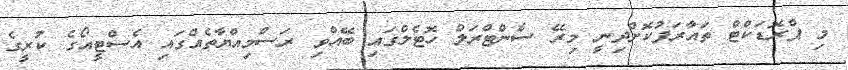
މި ޕްރޮޑަކްޓް ތައާރަފުކޮށްދިނީ މިރޭ ސެންޓްރަލް ހޮޓެެލްގައި ބޭއްވި ރަސްމިއްޔާތެއްގައި އެސްޓީއޯގެ ކުރީގެ